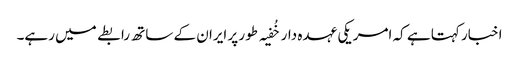
اخبار کہتا ہے کہ امریکی عہدہ دار خُفیہ طور پر ایران کے ساتھ رابطے میں رہے۔